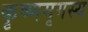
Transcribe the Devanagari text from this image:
कृष्णमृगस्य